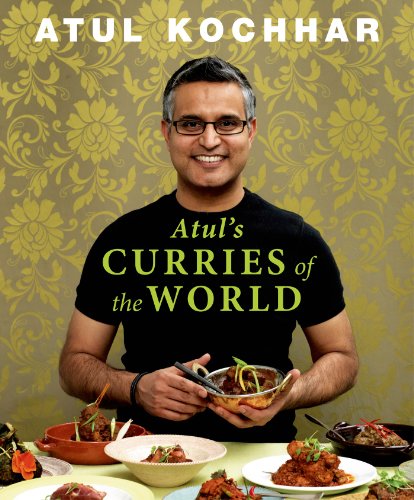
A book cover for Atul's Curries of the World; Atul Kochhar; Cookbooks, Food & Wine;